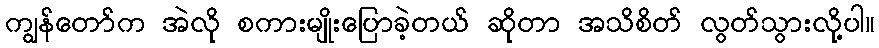
ကျွန်တော်က အဲလို စကားမျိုးပြောခဲ့တယ် ဆိုတာ အသိစိတ် လွတ်သွားလို့ပါ။